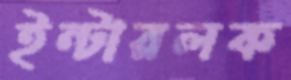
ইন্টারলক